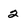
Character: 2